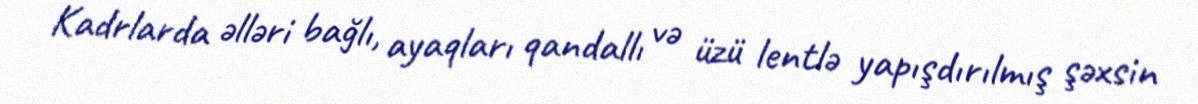
Kadrlarda əlləri bağlı, ayaqları qandallı və üzü lentlə yapışdırılmış şəxsin